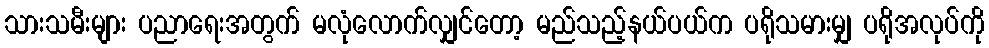
သားသမီးများ ပညာရေးအတွက် မလုံလောက်လျှင်တော့ မည်သည့်နယ်ပယ်က ပရိုသမားမျှ ပရိုအလုပ်ကို